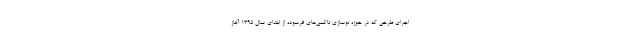
اجرای طرحی که در حوزه نوسازی تاکسی‌های فرسوده از ابتدای سال ۱۳۹۵ آغاز